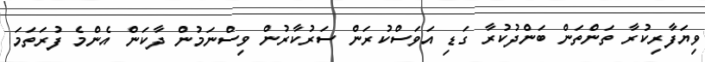
ވިޔަފާރިކުރާ ތަންތަން ބަންދުކުރާ ގަޑި އަވަސްކުރަން ސަރުކާރުން ވިސްނަމުން ދާކަން އެންމެ ފުރަތަމަ